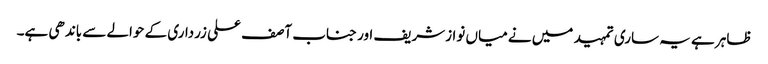
ظاہر ہے یہ ساری تمہید میں نے میاں نوازشریف اور جناب آصف علی زرداری کے حوالے سے باندھی ہے۔